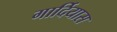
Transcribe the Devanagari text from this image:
गार्दियास